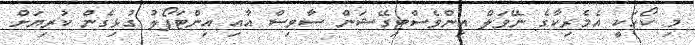
މި ކޯހަކީ އެމެރިކާގެ ނޭވަލް އިންވެސްޓިގޭޝަން ސާވިސް އާއި އިންޓަޕޯލު ގުޅިގެން ކުރިޔަށް